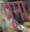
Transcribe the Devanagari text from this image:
पूमा